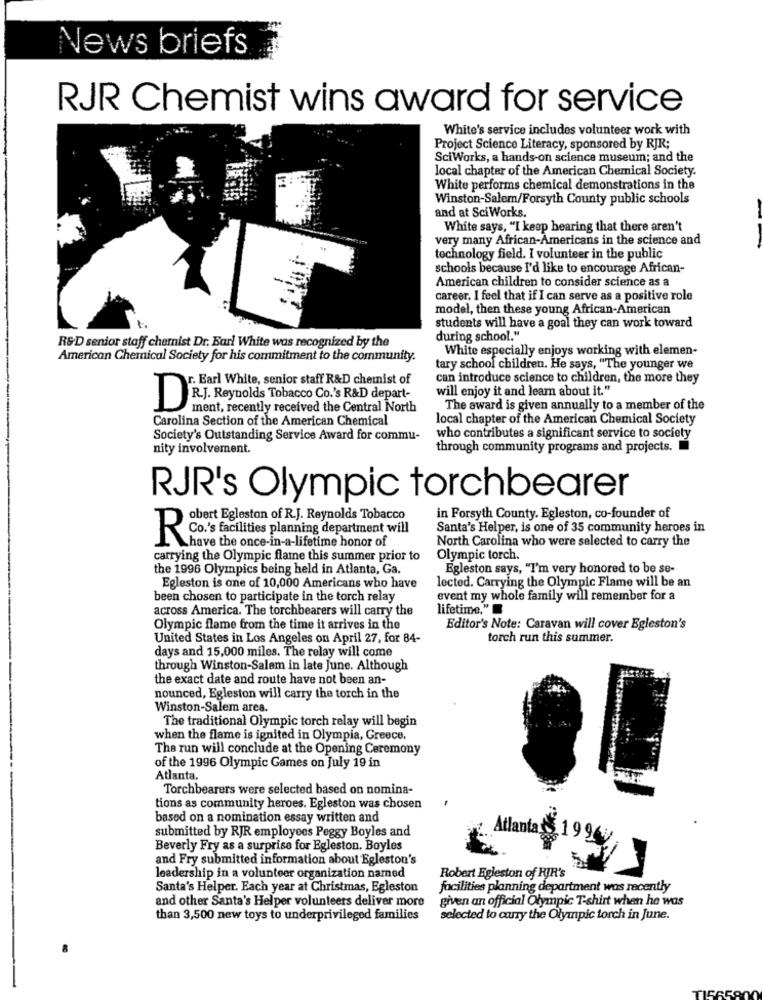
News briefs
RJR Chemist wins award for service
White's service includes volunteer work with
Project Science Literacy, sponsored by RJR;
SciWorks, a hands-on science museum; and the
local chapter of the American Chemical Society.
White performs chemical demonstrations in the
Winston-Salem/Forsyth County public schools
and at SciWorks.
White says, "I keep hearing that there aren't
very many African-Americans in the science and
technology field. I volunteer in the public
schools because I'd like to encourage African-
American children to consider science as a
career. I feel that if I can serve as a positive role
model, then these young African-American
students will have a goal they can work toward
R&D senior staff chemist Dr. Earl White was recognized by the
during school."
White especially enjoys working with elemen-
American Chemical Society for his commitment to the community.
tary school children. He says, "The younger we
can introduce science to children, the more they
. Earl White, senior staff R&D chemist of
will enjoy it and learn about it."
DR.J. Reynolds Tobacco Co.'s R&D depart-
ment, recently received the Central North
The award is given annually to a member of the
Carolina Section of the American Chemical
local chapter of the American Chemical Society
Society's Outstanding Service Award for commu-
who contributes a significant service to society
nity involvement.
through community programs and projects.
RJR's Olympic torchbearer
obert Egleston of R.J. Reynolds Tobacco
in Forsyth County. Egleston, co-founder of
Santa's Helper, is one of 35 community heroes in
R Co.'s facilities planning department will
North Carolina who were selected to carry the
have the once-in-a-lifetime honor of
carrying the Olympic flame this summer prior to
Olympic torch.
the 1996 Olympics being held in Atlanta, Ga.
Egleston says, "I'm very honored to be se-
lected. Carrying the Olympic Flame will be an
Egleston is one of 10,000 Americans who have
been chosen to participate in the torch relay
event my whole family will remember for a
across America. The torchbearers will carry the
lifetime."
Olympic flame from the time it arrives in the
Editor's Note: Caravan will cover Egleston's
United States in Los Angeles on April 27, for 84-
torch run this summer.
days and 15,000 miles. The relay will come
through Winston-Salem in late June. Although
the exact date and route have not been an-
nounced, Egleston will carry the torch in the
Winston-Salem area.
The traditional Olympic torch relay will begin
when the flame is ignited in Olympia, Greece.
The run will conclude at the Opening Ceremony
of the 1996 Olympic Games on July 19 in
Atlanta,
Torchbearers were selected based on nomina-
tions as community heroes. Egleston was chosen
based on a nomination essay written and
submitted by RJR employees Peggy Boyles and
Beverly Fry as a surprise for Egleston. Boyles
and Fry submitted information about Egleston's
leadership in a volunteer organization named
Robert Egleston of RJR's
Santa's Helper. Each year at Christmas, Egleston
facilities planning department was recently
and other Santa's Helper volunteers deliver more
given an official Olympic T-shirt when he was
than 3,500 new toys to underprivileged families
selected to carry the Olympic torch in June.